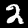
Digit: 2